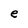
Character: e